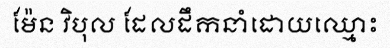
ម៉ែន វិបុល ដែលដឹកនាំដោយឈ្មោះ